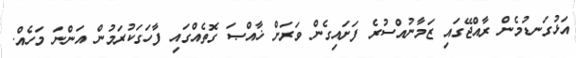
އަޅުގަނޑުމެން ރާއްޖޭގައި ޒަމާނުއްސުރެ ފަށައިގެން ވަރަށް ޚާއްޞަ ގޮތެއްގައި ފާހަގަކުރަމުން އަންނަ މަހެއް.